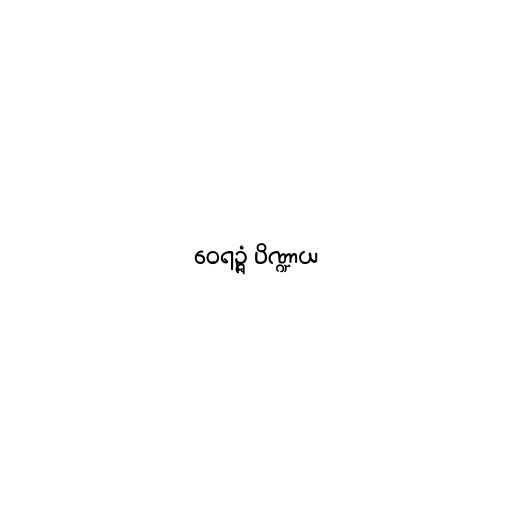
ဝေရဉ္ဇံ ပိဏ္ဍာယ